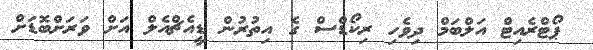
ޕޯޓްރެއިޓް އަލްބަމް ދިވެހި ރިކޯޑްސް ގެ އިތުރުން ޑީއެޗްއެލް އަށް ވަރަށްބޮޑަށް